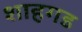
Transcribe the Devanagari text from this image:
शाहगड